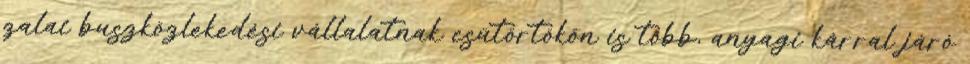
zalai buszközlekedési vállalatnak csütörtökön is több, anyagi kárral járó